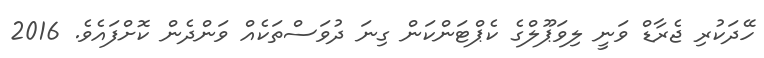
ހޭދަކުރި ޖެރާޑް ވަނީ ލިވަޕޫލްގެ ކެޕްޓަންކަން ގިނަ ދުވަސްތަކެއް ވަންދެން ކޮށްފައެވެ. 2016